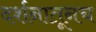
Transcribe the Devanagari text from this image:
दर्शनातूनच